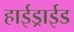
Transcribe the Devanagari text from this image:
हाईड्राईड